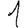
Digit: 1